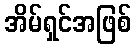
အိမ်ရှင်အဖြစ်